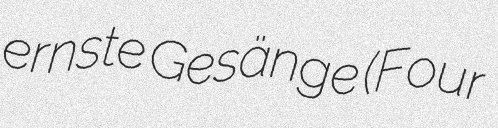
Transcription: ernste Gesänge (Four